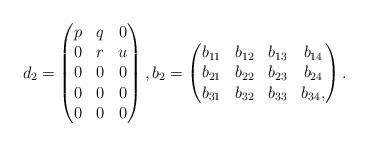
LaTeX: \begin{align*}d_2=\begin{pmatrix}p&q&0\\0&r&u\\0&0&0\\0&0&0\\0&0&0\end{pmatrix},b_2=\begin{pmatrix}b_{11}&b_{12}&b_{13}&b_{14}\\b_{21}&b_{22}&b_{23}&b_{24}\\b_{31}&b_{32}&b_{33}&b_{34},\end{pmatrix}.\end{align*}